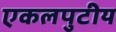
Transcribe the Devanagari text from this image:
एकलपुटीय